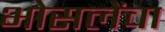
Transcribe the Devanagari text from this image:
भोसलेंचा